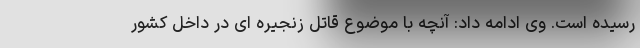
رسیده است. وی ادامه داد: آنچه با موضوع قاتل زنجیره ای در داخل کشور